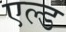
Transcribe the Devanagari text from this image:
एल्ड